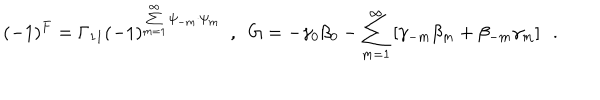
( - 1 ) ^ { F } = \Gamma _ { 1 1 } ( - 1 ) ^ { \sum _ { m = 1 } ^ { \infty } \psi _ { - m } \cdot \psi _ { m } } ~ ~ , ~ ~ { G } = - \gamma _ { 0 } \beta _ { 0 } - \sum _ { m = 1 } ^ { \infty } \left[ \gamma _ { - m } \beta _ { m } + \beta _ { - m } \gamma _ { m } \right] ~ ~ .